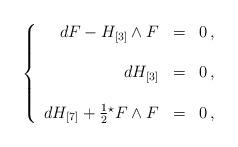
LaTeX: \begin{align*}\left\{\begin{array}{rcl}dF -H_{[3]}\wedge F & = & 0\, ,\\& & \\d H_{[3]} & = & 0\, ,\\& & \\dH_{[7]} +\frac{1}{2} {}^{\star} F \wedge F & = & 0\, ,\\\end{array}\right.\end{align*}